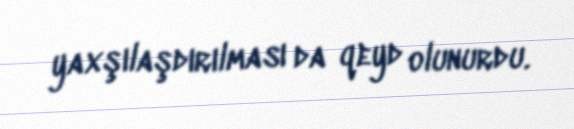
yaxşılaşdırılması da qeyd olunurdu.